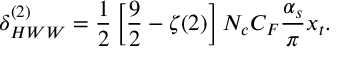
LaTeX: \delta _ { H W W } ^ { ( 2 ) } = \frac { 1 } { 2 } \left[ \frac { 9 } { 2 } - \zeta ( 2 ) \right] N _ { c } C _ { F } \frac { \alpha _ { s } } { \pi } x _ { t } .